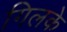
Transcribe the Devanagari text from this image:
गिलके